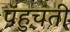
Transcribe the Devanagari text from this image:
पंहुचती